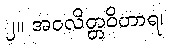
၂။ အဝလိတ္တဝိဟာရ၊